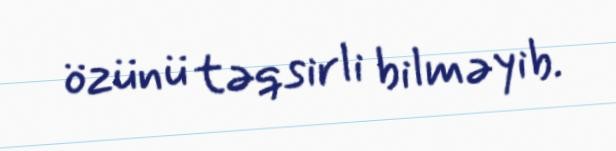
özünü təqsirli bilməyib.